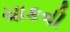
ચાકવી